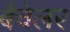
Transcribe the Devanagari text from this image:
बैचेलर